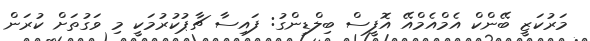
މަރުކަޒީ ބޭންކް އެމްއެމްއޭ އޮފީސް ބިލްޑިންގު: ފައިސާ ޗާޕުކުރުމަކީ މި ވަގުތަށް ކުރަން